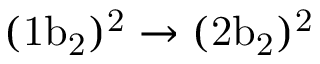
\mathrm { ( 1 b _ { 2 } ) ^ { 2 } \rightarrow ( 2 b _ { 2 } ) ^ { 2 } }